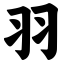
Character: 羽